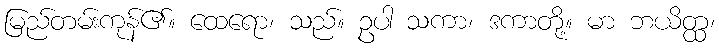
မြည်တမ်းကုန်၏။ ထေရော၊ သည်။ ဥပါ သကာ၊ ဒကာတို့။ မာ ဘယိတ္ထ၊